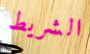
الشريط